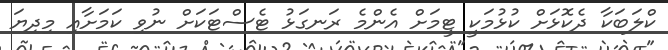
ކްލަބަކާ ދެކޮޅަށް ކުޅުމަކީ ޓީމަށް އެންމެ ރަނގަޅު ޓެސްޓަކަށް ނުވި ކަމަށާއި މިދިޔަ